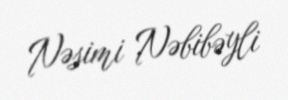
Nəsimi Nəbibəyli